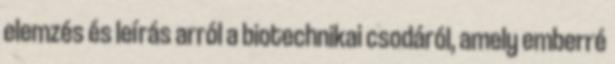
elemzés és leírás arról a biotechnikai csodáról, amely emberré